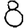
Digit: 8